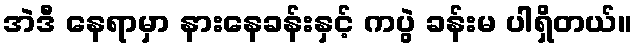
အဲဒီ နေရာမှာ နားနေခန်းနှင့် ကပွဲ ခန်းမ ပါရှိတယ်။